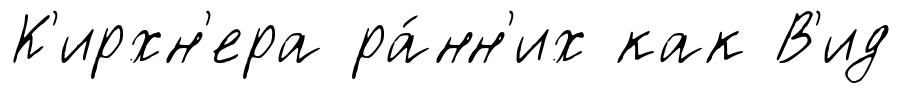
К'ирхн'ера ра́нн'их как В'ид